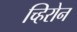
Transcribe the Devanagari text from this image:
च्हिरोन